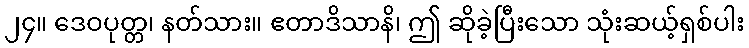
၂၄။ ဒေဝပုတ္တ၊ နတ်သား။ ဧတာဒိသာနိ၊ ဤ ဆိုခဲ့ပြီးသော သုံးဆယ့်ရှစ်ပါး